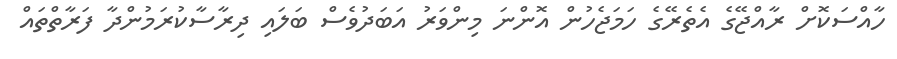
ހާއްސަކޮށް ރާއްޖޭގެ އެތެރޭގެ ހަމަޖެހުން އޮންނަ މިންވަރު އަބަދުވެސް ބަލައި ދިރާސާކުރަމުންދާ ފަރާތްތައް